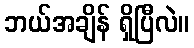
ဘယ်အချိန် ရှိပြီလဲ။